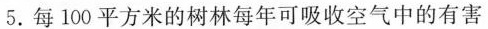
5.每100平方米的树林每年可吸收空气中的有害